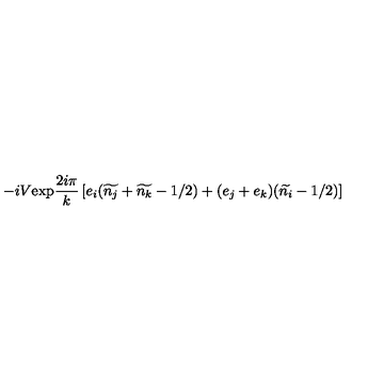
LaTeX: - i V \mathrm { e x p } \frac { 2 i \pi } { k } \left[ e _ { i } ( \widetilde { n _ { j } } + \widetilde { n _ { k } } - 1 / 2 ) + ( e _ { j } + e _ { k } ) ( \widetilde { n _ { i } } - 1 / 2 ) \right]